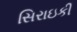
સિરાઇકી